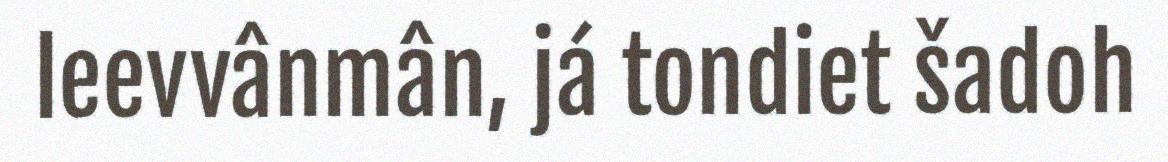
leevvânmân, já tondiet šadoh